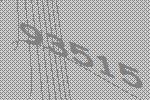
93515